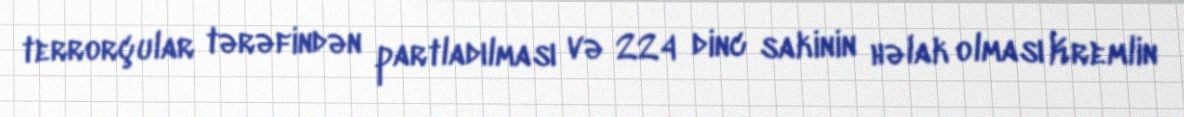
terrorçular tərəfindən partladılması və 224 dinc sakinin həlak olması Kremlin